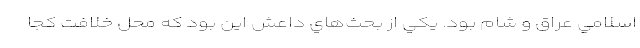
اسلامي عراق و شام بود. يكي از بحث‌هاي داعش اين بود كه محل خلافت كجا